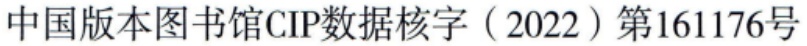
中国版本图书馆CIP数据核字（2022）第161176号